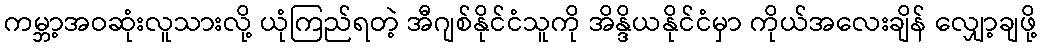
ကမ္ဘာ့အဝဆုံးလူသားလို့ ယုံကြည်ရတဲ့ အီဂျစ်နိုင်ငံသူကို အိန္ဒိယနိုင်ငံမှာ ကိုယ်အလေးချိန် လျှော့ချဖို့